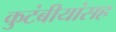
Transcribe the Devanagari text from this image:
कुटंबीयांसह